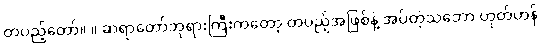
တပည့်တော်။ ။ ဆရာတော်ဘုရားကြီးကတော့ တပည့်အဖြစ်နဲ့ အပ်တဲ့သဘော ဟုတ်ဟန်